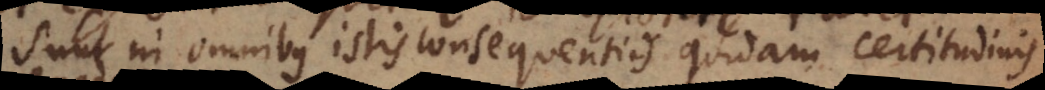
Sunt in omnibus istis consequentiis quidam certitudinis